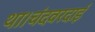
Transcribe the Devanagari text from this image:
था।चंदवरदाई